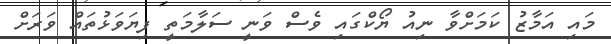
މައި އަމާޒު ކަމަށްވާ ނިއު ޔޯކްގައި ވެސް ވަނީ ސަލާމަތީ ފިޔަވަޅުތައް ވަރަށް